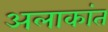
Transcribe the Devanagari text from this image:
अलाकांत